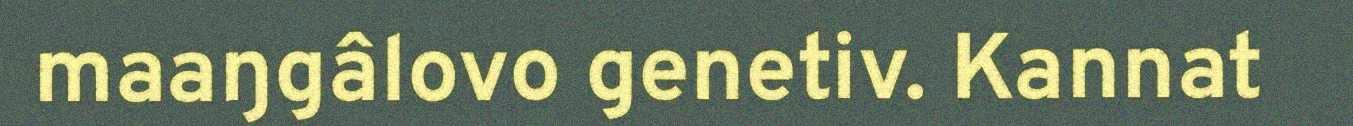
maaŋgâlovo genetiv. Kannat